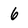
Character: 6